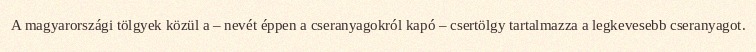
A magyarországi tölgyek közül a – nevét éppen a cseranyagokról kapó – csertölgy tartalmazza a legkevesebb cseranyagot.